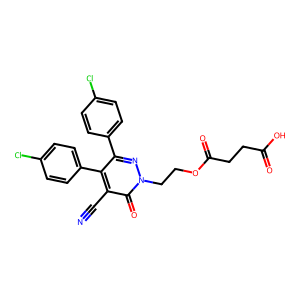
SMILES: N#Cc1c(-c2ccc(Cl)cc2)c(-c2ccc(Cl)cc2)nn(CCOC(=O)CCC(=O)O)c1=O
Inhibits HIV replication: No